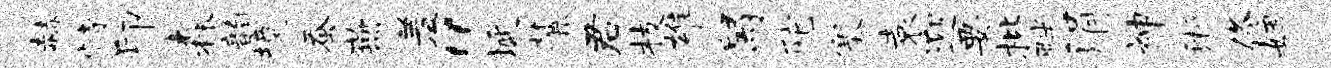
赫恃印森韵境蚕燕羞“埏麓君枝雄舄陀塞袁迎要枇畔涓神浙佟姻